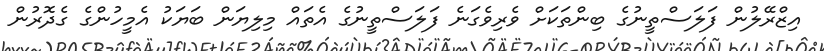
އިޒްރޭލުން ފަލަސްތީނުގެ ބިންތަކަށް ވެރިވެގަނެ ފަލަސްތީނުގެ އެތައް މިލިޔަން ބަޔަކު އެމީހުންގެ ގެދޮރުން